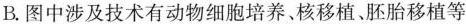
B.图中涉及技术有动物细胞培养、核移植、胚胎移植等